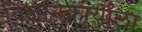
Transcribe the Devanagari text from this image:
विज्ञानकार्याला